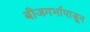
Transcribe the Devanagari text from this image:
बीजगर्भापासून